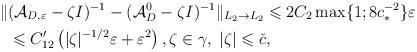
LaTeX: \begin{align*}\Vert &(\mathcal{A}_{D,\varepsilon}-\zeta I)^{-1}-(\mathcal{A}_D^0-\zeta I)^{-1}\Vert _{L_2\rightarrow L_2}\leqslant 2C_2\max \lbrace 1; 8c_*^{-2}\rbrace \varepsilon\\&\leqslant C_{12}' \left(\vert \zeta \vert ^{-1/2}\varepsilon +\varepsilon ^2\right), \zeta \in \gamma ,\; \vert \zeta \vert \leqslant \check{c},\end{align*}